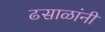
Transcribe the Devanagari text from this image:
ढसाळांनी